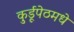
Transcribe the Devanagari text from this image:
कुर्डूपेठमधे